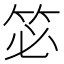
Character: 𮅆